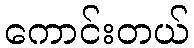
ကောင်းတယ်